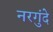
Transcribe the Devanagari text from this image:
नरगुंदे